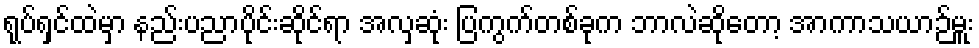
ရုပ်ရှင်ထဲမှာ နည်းပညာပိုင်းဆိုင်ရာ အလှဆုံး ပြကွက်တစ်ခုက ဘာလဲဆိုတော့ အာကာသယာဉ်မှူး